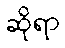
ဆိုရာ